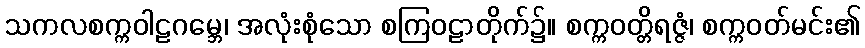
သကလစက္ကဝါဠဂမ္ဘေ၊ အလုံးစုံသော စကြဝဠာတိုက်၌။ စက္ကဝတ္တိရဇ္ဇံ၊ စက္ကဝတ်မင်း၏